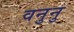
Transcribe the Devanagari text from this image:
वनुनु